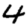
Digit: 4